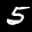
Label: 5